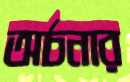
অর্চনার